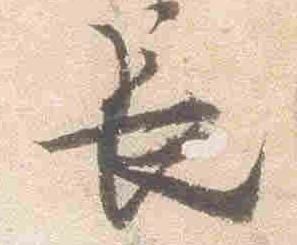
長